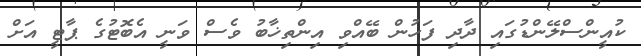
ކުއީންސްލޭންޑުގައި ދާދި ފަހުން ބޭއްވި އިންތިޚާބު ވެސް ވަނީ އެބޮޓުގެ ޕާޓީ އަށް